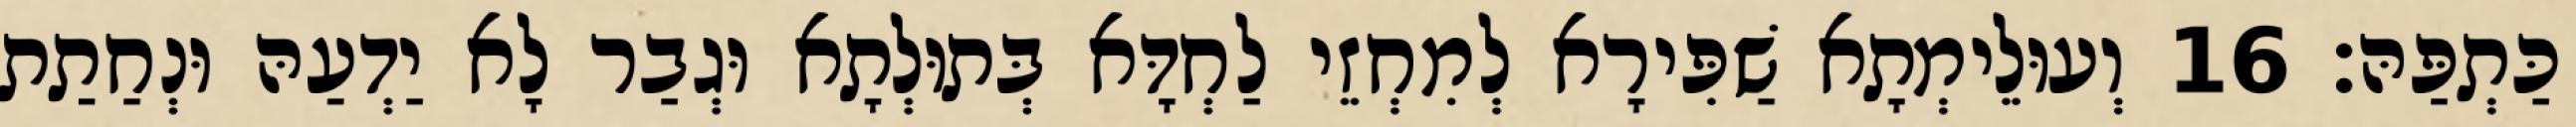
כַּתְפַּהּ׃ 16 וְעוּלֵימְתָא שַׁפִּירָא לְמִחְזֵי לַחְדָּא בְּתוּלְתָא וּגְבַר לָא יַדְעַהּ וּנְחַתַת